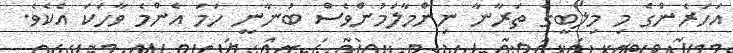
އަހަރެންގެ މި މިލޯބީގެ ތަރާނާ ނިންމާލަމުންވެސް ބުނާނީ ހަމަ އެންމެ ވާހަކަ އެކެވެ.